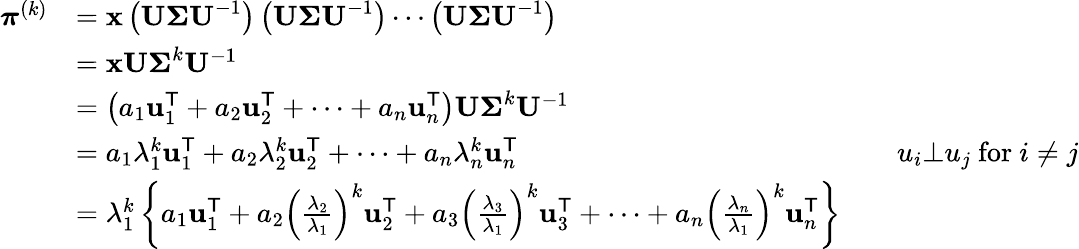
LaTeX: {\begin{array}{rlrl}{{\boldsymbol{\pi}}^{(k)}}&{=\mathbf{x}\left(\mathbf{U\Sigma U}^{-1}\right)\left(\mathbf{U\Sigma U}^{-1}\right)\cdots\left(\mathbf{U\Sigma U}^{-1}\right)}\\ &{=\mathbf{xU\Sigma}^{k}\mathbf{U}^{-1}}\\ &{=\left(a_{1}\mathbf{u}_{1}^{\mathsf{T}}+a_{2}\mathbf{u}_{2}^{\mathsf{T}}+\cdots+a_{n}\mathbf{u}_{n}^{\mathsf{T}}\right)\mathbf{U\Sigma}^{k}\mathbf{U}^{-1}}\\ &{=a_{1}\lambda_{1}^{k}\mathbf{u}_{1}^{\mathsf{T}}+a_{2}\lambda_{2}^{k}\mathbf{u}_{2}^{\mathsf{T}}+\cdots+a_{n}\lambda_{n}^{k}\mathbf{u}_{n}^{\mathsf{T}}}&&{u_{i}\bot u_{j}{\mathrm{~for~}}i\neq j}\\ &{=\lambda_{1}^{k}\left\{ a_{1}\mathbf{u}_{1}^{\mathsf{T}}+a_{2}\left({\frac{\lambda_{2}}{\lambda_{1}}}\right)^{k}\mathbf{u}_{2}^{\mathsf{T}}+a_{3}\left({\frac{\lambda_{3}}{\lambda_{1}}}\right)^{k}\mathbf{u}_{3}^{\mathsf{T}}+\cdots+a_{n}\left({\frac{\lambda_{n}}{\lambda_{1}}}\right)^{k}\mathbf{u}_{n}^{\mathsf{T}}\right\} }\end{array}}